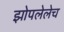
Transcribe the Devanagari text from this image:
झोपलेलेच